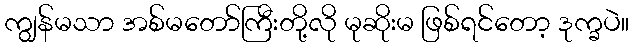
ကျွန်မသာ အစ်မတော်ကြီးတို့လို မုဆိုးမ ဖြစ်ရင်တော့ ဒုက္ခပဲ။